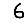
Digit: 6